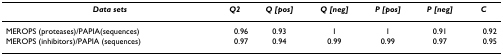
| Data sets | Q2 | Q [pos] | Q [neg] | P [pos] | P [neg] | C |
 | --- | --- | --- | --- | --- | --- | --- |
 | MEROPS (proteases)/PAPIA(sequences) | 0.96 | 0.93 | 1 | 1 | 0.91 | 0.92 |
 | MEROPS (inhibitors)/PAPIA (sequences) | 0.97 | 0.94 | 0.99 | 0.99 | 0.97 | 0.95 |